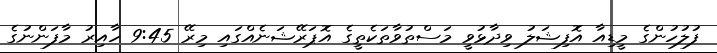
ފުލުހުންގެ މީޑިއާ އޮފިޝަލު ވިދާޅުވީ މަސްތުވާތަކެތީގެ އޮޕަރޭޝަނެއްގައި މިރޭ 9:45 ހާއިރު މާފަންނުގެ